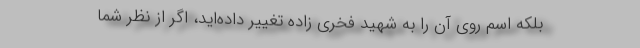
بلکه اسم روی آن را به شهید فخری زاده تغییر داده‌اید، اگر از نظر شما